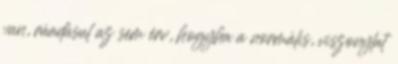
van, ráadásul az sem érv, hogyha a normális, viszonylat